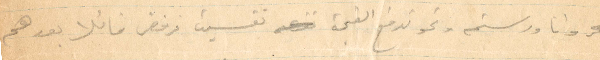
وانا ورستم ونحو تدفع القيمة تقسيم فرفض قائلًا بعد هم